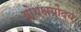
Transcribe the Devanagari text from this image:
बोधक्षयोदय